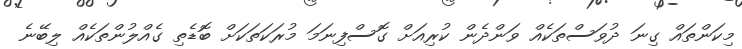
މިކަންތައް ގިނަ ދުވަސްތަކެއް ވަންދެން ކުރިއަށް ގޮސްފިނަމަ މުރަކަތަކަށް ބޮޑެތި ގެއްލުންތަކެއް ލިބޭނެ